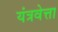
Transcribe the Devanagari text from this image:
यंत्रवेत्ता